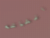
الشاشه